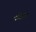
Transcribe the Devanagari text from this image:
वोउस